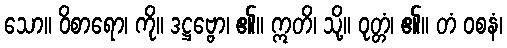
သော။ ဝိစာရော၊ ကို။ ဒဋ္ဌဗ္ဗော၊ ၏။ ဣတိ၊ သို့။ ဝုတ္တံ၊ ၏။ တံ ဝစနံ၊